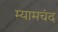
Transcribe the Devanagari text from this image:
म्यामचंद